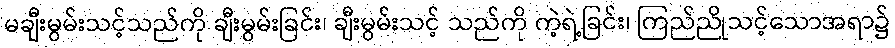
မချီးမွမ်းသင့်သည်ကို ချီးမွမ်းခြင်း၊ ချီးမွမ်းသင့် သည်ကို ကဲ့ရဲ့ခြင်း၊ ကြည်ညိုသင့်သောအရာ၌